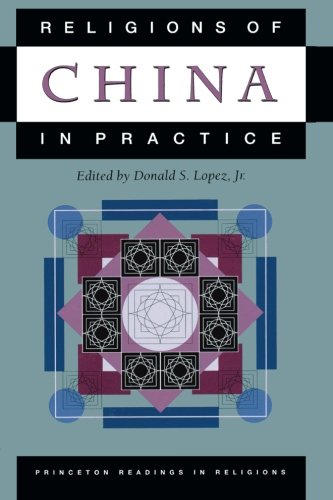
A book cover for Religions of China in Practice; Donald S. Lopez Jr.; Religion & Spirituality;